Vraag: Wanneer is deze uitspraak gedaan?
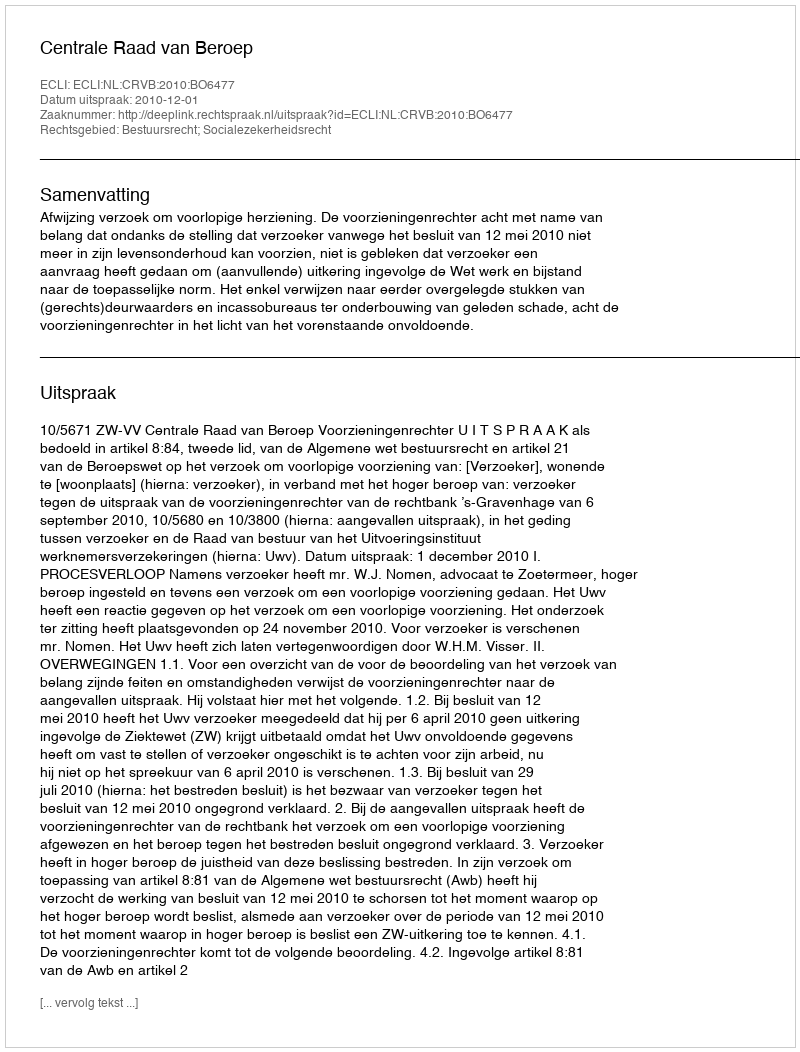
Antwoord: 2010-12-01